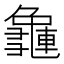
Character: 𪚿